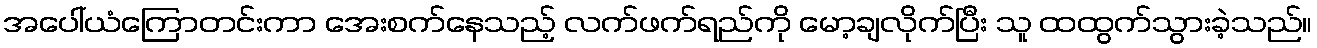
အပေါ်ယံကြောတင်းကာ အေးစက်နေသည့် လက်ဖက်ရည်ကို မော့ချလိုက်ပြီး သူ ထထွက်သွားခဲ့သည်။